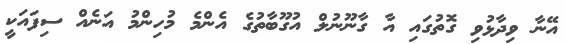
އޭނާ ވިދާޅުވި ގޮތުގައި އާ ގާނޫނުލް އުގޫބާތުގެ އެންމެ މުހިންމު އަނެއް ސިފައަކީ